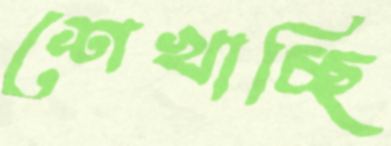
শেখাচ্ছি